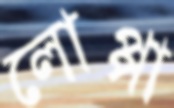
লোপ্পা